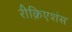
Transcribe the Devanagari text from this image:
रीक्रिएशंस